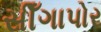
સીઁગાપોર